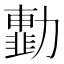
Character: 𠢾